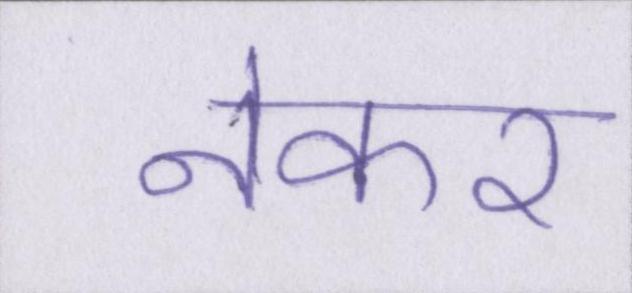
नेकर